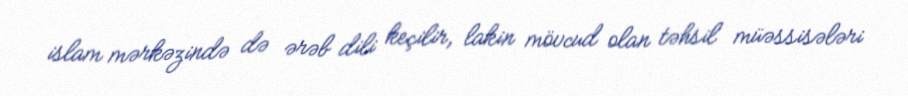
islam mərkəzində də ərəb dili keçilir, lakin mövcud olan təhsil müəssisələri